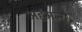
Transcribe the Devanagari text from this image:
अहंमन्य